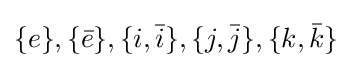
\{e\},\{{\bar {e}}\},\{i,{\bar {i}}\},\{j,{\bar {j}}\},\{k,{\bar {k}}\}